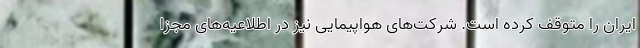
ایران را متوقف کرده است. شرکت‌های هواپیمایی نیز در اطلاعیه‌های مجزا